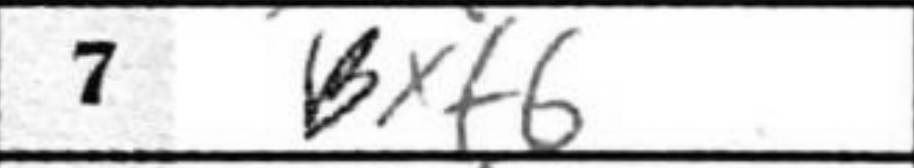
Transcription: Bxf6